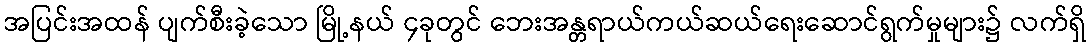
အပြင်းအထန် ပျက်စီးခဲ့သော မြို့နယ် ၄ခုတွင် ဘေးအန္တရာယ်ကယ်ဆယ်ရေးဆောင်ရွက်မှုများ၌ လက်ရှိ